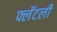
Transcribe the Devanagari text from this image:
फ्लॅटली